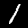
Label: 1